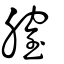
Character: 膣